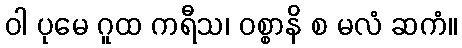
ဝါ ပုမေ ဂူထ ကရီသ၊ ဝစ္စာနိ စ မလံ ဆကံ။